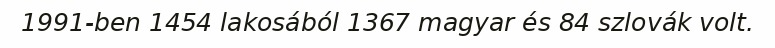
1991-ben 1454 lakosából 1367 magyar és 84 szlovák volt.